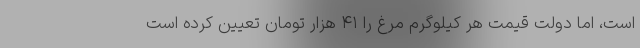
است، اما دولت قیمت هر کیلوگرم مرغ را ۴۱ هزار تومان تعیین کرده است